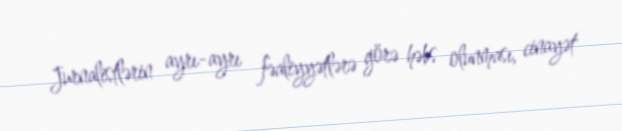
Jurnalistlərin ayrı-ayrı fəaliyyətlərə görə həbs olunması, cinayət